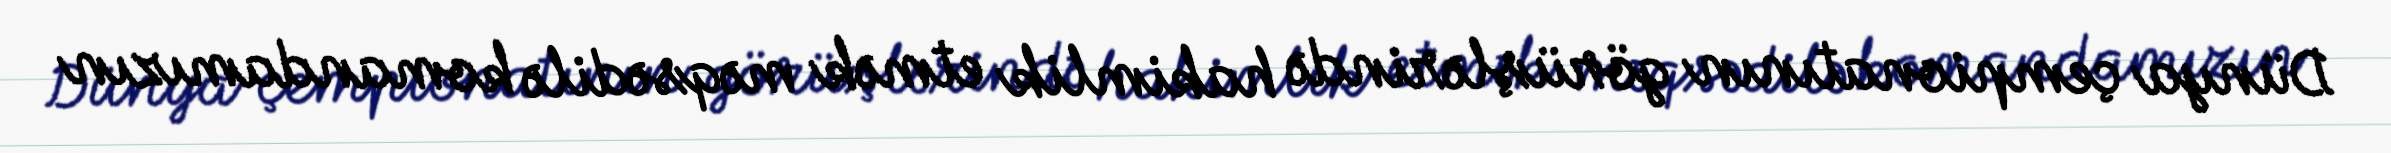
Dünya çempionatının görüşlərində hakimlik etmək məqsədilə komandamızın